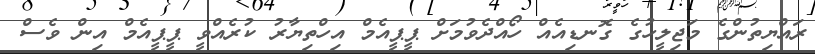
ރައްޔިތުންގެ މަޖިލީހުގެ ގޮނޑިއެއް ހޯއްދެވުމަށް ޕީޕީއެމް އިހްތިޔާރު ކުރެއްވީ ޕީޕީއެމް އިން ވެސް